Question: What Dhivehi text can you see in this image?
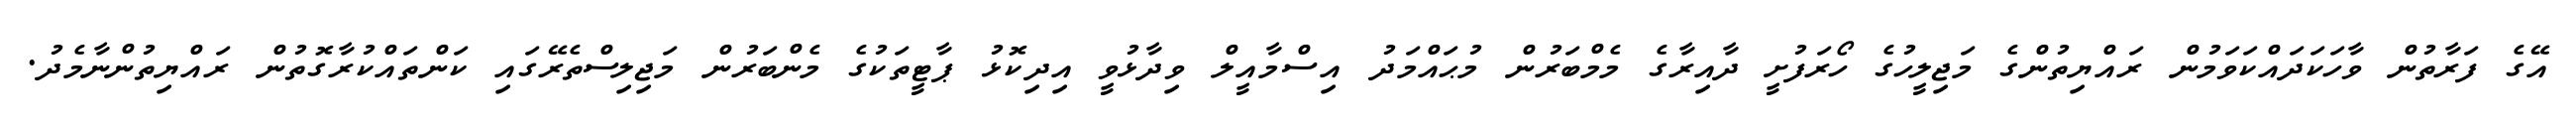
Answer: އޭގެ ފަރާތުން ވާހަކަދައްކަވަމުން ރައްޔިތުންގެ މަޖިލީހުގެ ހޯރަފުށީ ދާއިރާގެ މެމްބަރުން މުޙައްމަދު އިސްމާއީލް ވިދާޅުވީ އިދިކޮޅު ޕާޓީތަކުގެ މެންބަރުން މަޖިލިސްތެރޭގައި ކަންތައްކުރާގޮތުން ރައްޔިތުންނާމެދު.